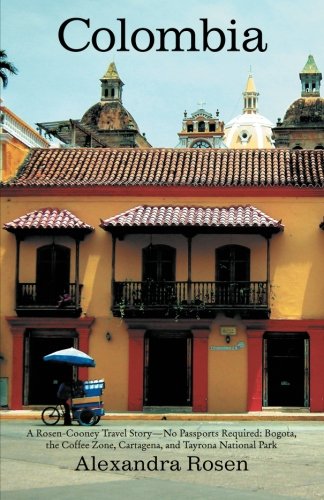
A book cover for Colombia: A Rosen-Cooney Travel Story-No Passports Required: Bogota, the Coffee Zone, Cartagena, and Tayrona National Park; Alexandra Rosen; Travel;